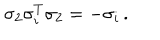
\sigma _ { 2 } \sigma _ { i } ^ { T } \sigma _ { 2 } = - \sigma _ { i } \, .